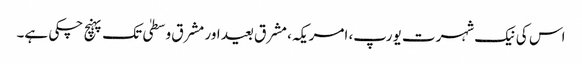
اس کی نیک شہرت یورپ، امریکہ، مشرق بعید اور مشرق وسطیٰ تک پہنچ چکی ہے۔